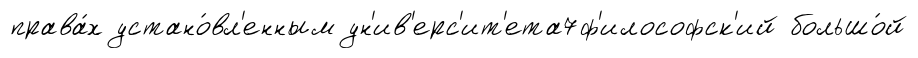
права́х устано́вл'енным ун'ив'ерс'ит'ета7ф'илософск'ий большо́й